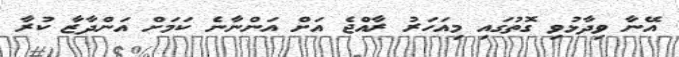
އޭނާ ވިދާޅުވި ގޮތުގައި މިއަހަރު ރާއްޖެ އަށް އަންނާނެ ކަމަށް އަންދާޒާ ކުރާ